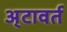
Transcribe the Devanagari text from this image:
अ्टावर्त